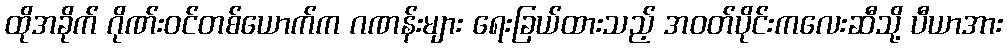
ထိုအခိုက် ဂိုဏ်းဝင်တစ်ယောက်က ဂဏန်းများ ရေးခြယ်ထားသည့် အဝတ်ပိုင်းကလေးဆီသို့ ပီယာအား